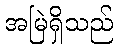
အမြဲရှိသည်